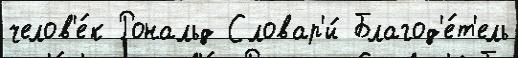
челов'е́к Рональд Словар'и́ Благод'е́т'ель